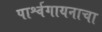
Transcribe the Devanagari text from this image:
पार्श्वगायनाचा